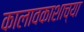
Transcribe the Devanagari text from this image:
कालावकाशाच्या